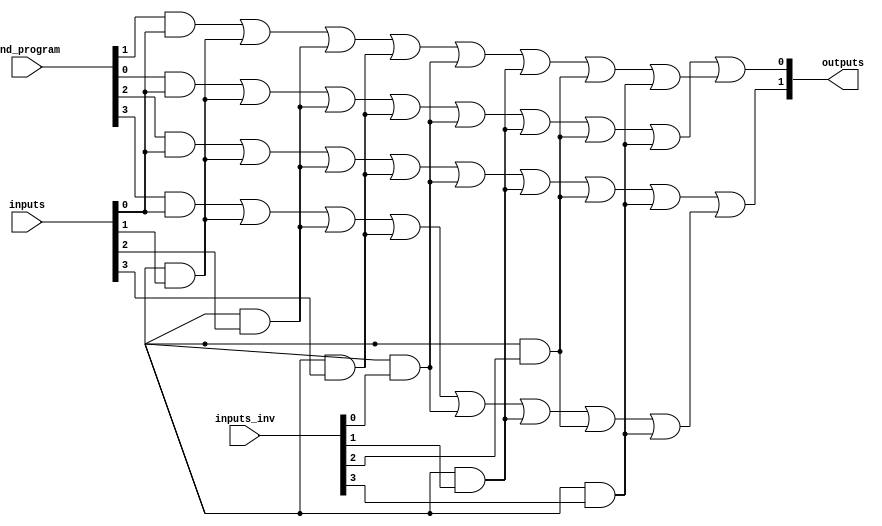
module PAL (
    input wire [N-1:0] inputs,        // N input lines
    input wire [N-1:0] inputs_inv,    // Inverted inputs for AND gates
    input wire [M-1:0] and_program,    // Programming signals for AND gates
    output wire [P-1:0] outputs        // P output lines
);
    parameter N = 4; // Number of inputs
    parameter M = 4; // Number of AND gates
    parameter P = 2; // Number of outputs

    // Internal signals for product terms
    wire [M-1:0] product_terms;

    // Programmable AND gates
    genvar i;
    generate
        for (i = 0; i < M; i = i + 1) begin : and_gates
            assign product_terms[i] = (and_program[i] & inputs[0]) |
                                       (and_program[i + M] & inputs[1]) |
                                       (and_program[i + 2*M] & inputs[2]) |
                                       (and_program[i + 3*M] & inputs[3]) |
                                       (and_program[i + 4*M] & inputs_inv[0]) |
                                       (and_program[i + 5*M] & inputs_inv[1]) |
                                       (and_program[i + 6*M] & inputs_inv[2]) |
                                       (and_program[i + 7*M] & inputs_inv[3]);
        end
    endgenerate

    // Fixed OR gates
    assign outputs[0] = product_terms[0] | product_terms[1]; // Example OR gate
    assign outputs[1] = product_terms[2] | product_terms[3]; // Example OR gate

endmodule